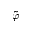
\tilde { \varphi }